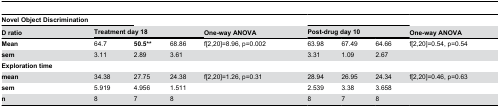
| <COLSPAN=2> Novel Object Discrimination |  |  |  | <COLSPAN=3>  |  |
 | D ratio | <COLSPAN=3> Treatment day 18 | One-way ANOVA | <COLSPAN=3> Post-drug day 10 | One-way ANOVA |
 | --- | --- | --- | --- | --- | --- | --- | --- | --- |
 | Mean | 64.7 | 50.5** | 68.86 | f[2,20]=8.96, p=0.002 | 63.98 | 67.49 | 64.66 | f[2,20]=0.54, p=0.54 |
 | sem | 3.11 | 2.89 | 3.61 |  | 3.31 | 1.09 | 2.67 |  |
 | Exploration time |  |  |  |  |  |  |  |  |
 | mean | 34.38 | 27.75 | 24.38 | f[2,20]=1.26, p=0.31 | 28.94 | 26.95 | 24.34 | f[2,20]=0.46, p=0.63 |
 | sem | 5.919 | 4.956 | 1.511 |  | 2.539 | 3.38 | 3.658 |  |
 | n | 8 | 7 | 8 |  | 8 | 7 | 8 |  |